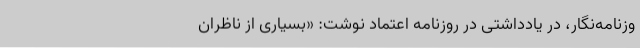
وزنامه‌نگار، در یادداشتی در روزنامه اعتماد نوشت: «بسیاری از ناظران